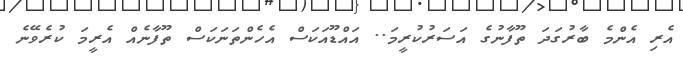
އެރި އެންމެ ބާރުގަދަ ތޫފާނުގެ އަސަރުކުރީމަ.. އައްޑޫއަކަސް އެހެންތަނަކަސް ތޫފާނެއް އެރީމަ ކުރެވޭނެ